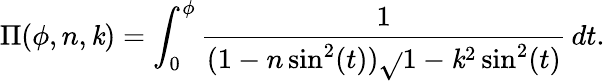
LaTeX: \Pi(\phi,n,\mathit{k})=\int_{0}^{\phi}{\frac{{1}}{{(1-n\sin^{2}(t)){\sqrt{}{{1-\mathit{k}^{2}\sin^{2}(t)}}}}}}\, dt.